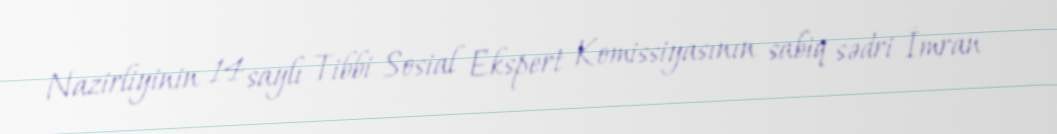
Nazirliyinin 14 saylı Tibbi Sosial Ekspert Komissiyasının sabiq sədri İmran